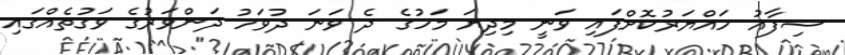
ޝިފާއު ހައްޔަރުކޮށްފައި ވަނީ މިދިޔަ މަހުގެ ދެ ވަނަ ދުވަހު ދަންވަރުގެ ވަގުތެއްގައި